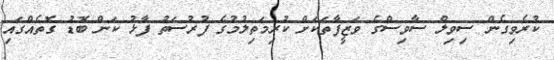
ކުރެވިގެން ސިވިލް ސާވިސްގެ ވަޒީފާތަކަށް ކުރިމަތިލުމުގެ ފުރުސަތު ފާޅު ކަން ބޮޑު ގޮތެއްގައި